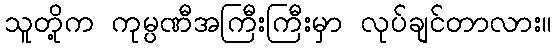
သူတို့က ကုမ္ပဏီအကြီးကြီးမှာ လုပ်ချင်တာလား။